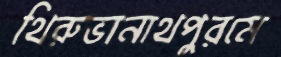
থিরুভানাথপুরমে